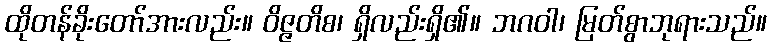
ထိုတန်ခိုးတော်အားလည်း။ ဝိဇ္ဇတိစ၊ ရှိလည်းရှိ၏။ ဘဂဝါ၊ မြတ်စွာဘုရားသည်။